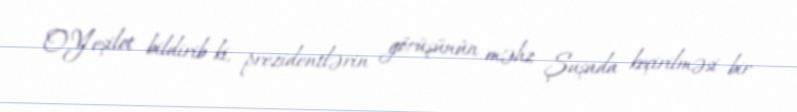
O.Yeşilot bildirib ki, prezidentlərin görüşünün məhz Şuşada keçirilməsi bir